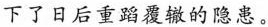
下了日后重蹈覆辙的隐患。